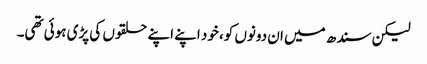
لیکن سندھ میں ان دونوں کو، خود اپنے اپنے حلقوں کی پڑی ہوئی تھی۔